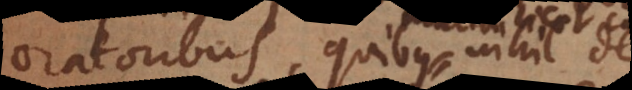
oratoribus, quibus nihil desit